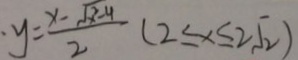
y = \frac { x - \sqrt { x ^ { 2 } - 4 } } { 2 } ( 2 \leq x \leq 2 \sqrt { 2 } )